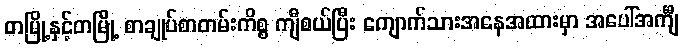
တမြို့နှင့်တမြို့ စာချုပ်စာတမ်းကိစ္စ ကျီစယ်ပြီး ကျောက်သားအနေအထားမှာ အပေါ်အင်္ကျီ